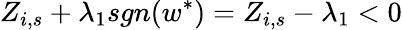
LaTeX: Z_{i,s}+\lambda_{1}sgn(w^{\ast})=Z_{i,s}-\lambda_{1}<0